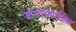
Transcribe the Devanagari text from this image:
कॅमेलोपार्डेलिस